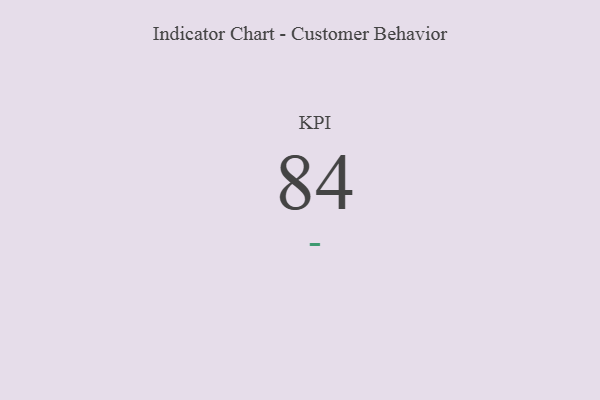
{"axis": {"x": "KPI", "y": "Value"}, "legend": [""], "data": [{"x": "KPI", "y": 84, "type": ""}]}